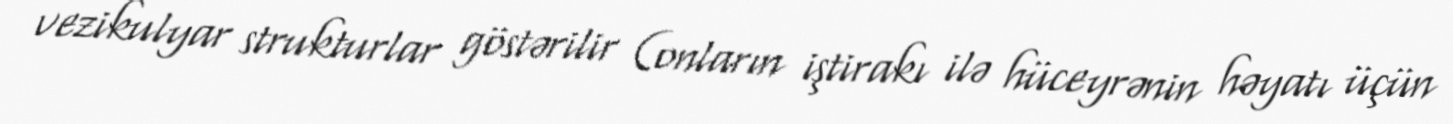
vezikulyar strukturlar göstərilir (onların iştirakı ilə hüceyrənin həyatı üçün